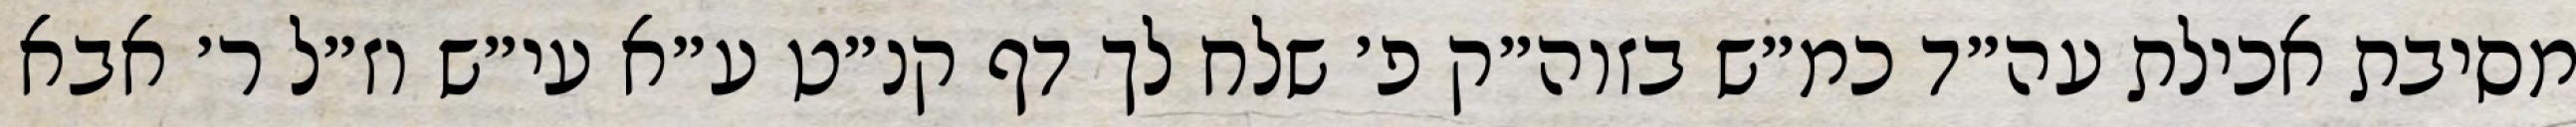
מסיבת אכילת עה״ד כמ״ש בזוה״ק פ׳ שלח לך דף קנ״ט ע״א עי״ש וז״ל ר׳ אבא